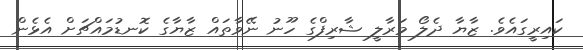
ކައިރީގައެވެ. ޒާޔާ ދެލޯ މަރާލީ ޝާރިފްގެ ހޫނު ނޭވާތައް ޒާޔާގެ ކޮނޑުމައްޗަށް އެޅެން